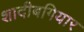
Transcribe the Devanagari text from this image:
शादीबगियार